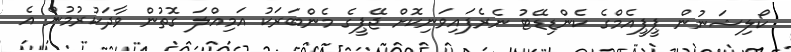
ކޯލިޝަނުން ޕީޕީއެމްގެ ކެންޑިޑޭޓު ނެރެފައިވަނިކޮށް ޖޭޕީގެ މެންބަރަކު އަމިއްލަ ގޮތުން ވާދަކުރުމުން އެ